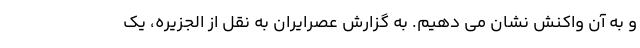
و به آن واکنش نشان می دهیم. به گزارش عصرایران به نقل از الجزیره، یک